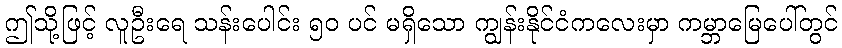
ဤသို့ဖြင့် လူဦးရေ သန်းပေါင်း ၅၀ ပင် မရှိသော ကျွန်းနိုင်ငံကလေးမှာ ကမ္ဘာမြေပေါ်တွင်